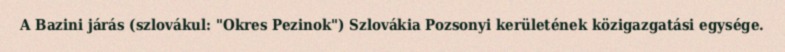
A Bazini járás (szlovákul: "Okres Pezinok") Szlovákia Pozsonyi kerületének közigazgatási egysége.